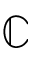
\mathbb { C }